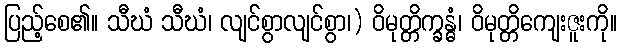
ပြည့်စေ၏။ သီဃံ သီဃံ၊ လျင်စွာလျင်စွာ၊) ဝိမုတ္တိက္ခန္ဓံ၊ ဝိမုတ္တိကျေးဇူးကို။